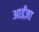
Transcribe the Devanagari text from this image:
आईंज़ा